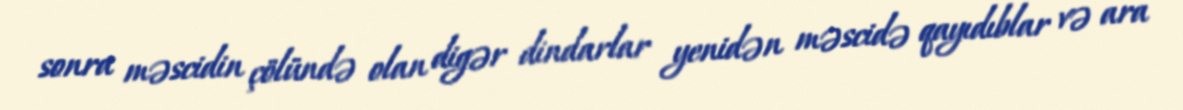
sonra məscidin çölündə olan digər dindarlar yenidən məscidə qayıdıblar və ara